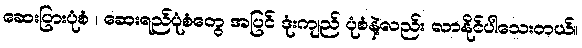
ဆေးပြားပုံစံ ၊ ဆေးရည်ပုံစံတွေ အပြင် ဒုံးကျည် ပုံစံနဲ့လည်း လာနိုင်ပါသေးတယ်။